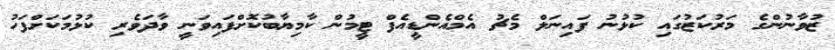
ޒުވާނުންގެ މަރުކަޒުގައި ކުޅުނު ފައިނަލް މެޗު އެމްއެންޑީއެފް ޓީމުން ކާމިޔާބުކޮށްފައިވަނީ ވާދަވެރި ކުޅުމަކަށްފަހު